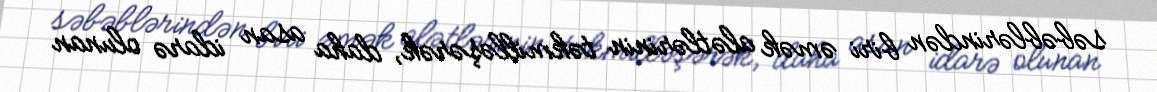
səbəblərindən biri əmək alətlərinin təkmilləşərək, daha asan idarə olunan